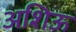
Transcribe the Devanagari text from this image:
अशिऊ